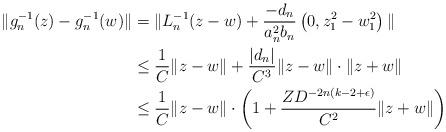
LaTeX: \begin{align*}\|g_n^{-1}(z)-g_n^{-1}(w)\| &=\|L_n^{-1}(z-w)+\frac{-d_n}{a_n^2b_n}\left(0,z_1^2-w_1^2\right)\|\\& \leq \frac{1}{C} \|z-w\|+\frac{|d_n|}{C^3}\|z-w\|\cdot \|z+w\|\\&\leq \frac{1}{C} \|z-w\| \cdot \left(1+ \frac{ZD^{-2n(k-2+\epsilon)}}{C^2}\|z+w\|\right)\end{align*}